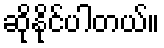
ဆိုနိုင်ပါတယ်။